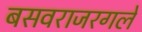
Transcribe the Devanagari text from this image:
बसवराजरगले